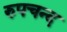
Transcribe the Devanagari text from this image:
रुपचन्द